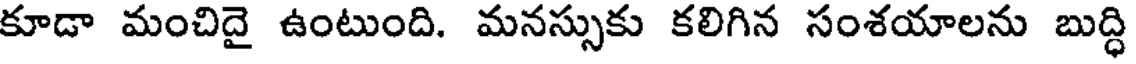
కూడా మంచిదై ఉంటుంది. మనస్సుకు కలిగిన సంశయాలను బుద్ధి